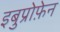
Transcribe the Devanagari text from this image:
इबुप्रोफ़ेन